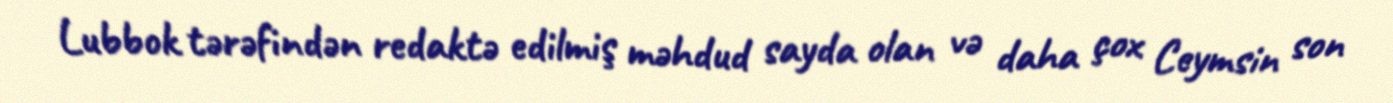
Lubbok tərəfindən redaktə edilmiş məhdud sayda olan və daha çox Ceymsin son